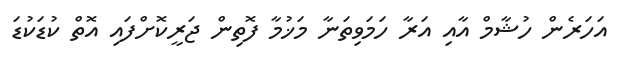
އަހަރެން ހުޝާމް އާއި އަރާ ހަމަވިތަނާ މަޚުމާ ފޮތިން ޖަރީކޮށްފައި އޮތް ކުޑަކުޑަ